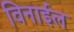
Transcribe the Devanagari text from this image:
विनाईल